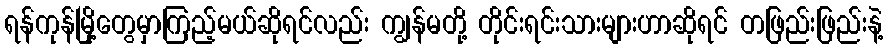
ရန်ကုန်မြို့တွေမှာကြည့်မယ်ဆိုရင်လည်း ကျွန်မတို့ တိုင်းရင်းသားများဟာဆိုရင် တဖြည်းဖြည်းနဲ့